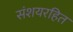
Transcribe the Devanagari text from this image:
संशयरहित